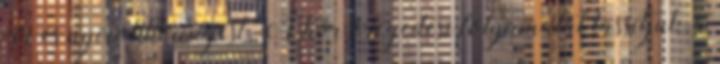
vér és nyirokkeringést. A bőr öregedési folyamatát lassítjuk, a